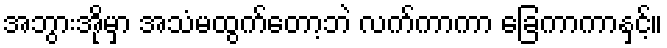
အဘွားအိုမှာ အသံမထွက်တော့ဘဲ လက်ကာကာ ခြေကာကာနှင့်။